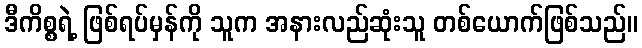
ဒီကိစ္စရဲ့ ဖြစ်ရပ်မှန်ကို သူက အနားလည်ဆုံးသူ တစ်ယောက်ဖြစ်သည်။